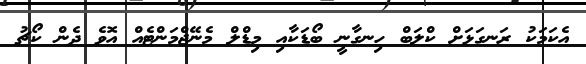
އެކަމަކު ރަނގަޅަށް ކްލަބް ހިނގާނީ ބޯޑަކާއި މިޑްލް މެނޭޖްމަންޓެއް އޮވެ ދެން ކޯޗު